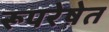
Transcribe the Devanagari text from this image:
रूपरेषेत